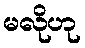
မလိုဟု